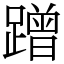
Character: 蹭